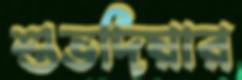
শুভদিয়ার